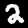
Digit: 2